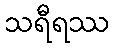
သရီရဿ